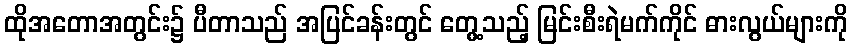
ထိုအတောအတွင်း၌ ပီတာသည် အပြင်ခန်းတွင် တွေ့သည့် မြင်းစီးရဲမက်ကိုင် ဓားလွယ်များကို